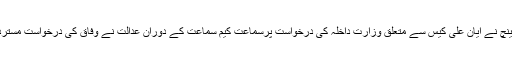
چیف جسٹس آف پاکستان جسٹس ثاقب نثار کی سربراہی میں تین رکنی بینچ نے ایان علی کیس سے متعلق وزارت داخلہ کی درخواست پرسماعت کیم سماعت کے دوران عدالت نے وفاق کی درخواست مسترد کردی، وفاق کی جانب سے ڈپٹی اٹارنی جنرل ساجد الیاس پیش ہوئے۔